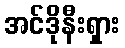
အင်ဒိုနီးရှား